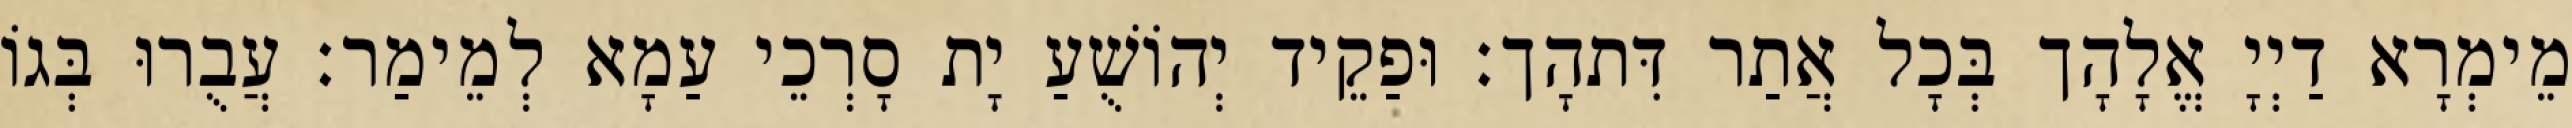
מֵימְרָא דַיְיָ אֱלָהָך בְּכָל אֲתַר דִּתהָך׃ וּפַקֵיד יְהוֹשֻׁעַ יָת סָרְכֵי עַמָא לְמֵימַר׃ עֲבֻרוּ בְּגוֹ